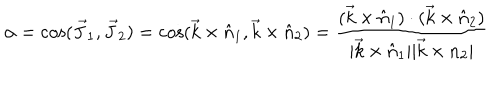
\alpha = \cos ( \vec { J } _ { 1 } , \vec { J } _ { 2 } ) = \cos ( \vec { k } \times \hat { n } _ { 1 } , \vec { k } \times \hat { n } _ { 2 } ) = \frac { ( \vec { k } \times \hat { n } _ { 1 } ) \cdot ( \vec { k } \times \hat { n } _ { 2 } ) } { | \vec { k } \times \hat { n } _ { 1 } | | \vec { k } \times n _ { 2 } | } \nonumber